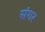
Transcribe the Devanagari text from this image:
संगर